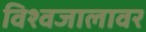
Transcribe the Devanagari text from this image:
विश्वजालावर